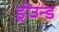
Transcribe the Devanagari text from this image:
ड्रोउन्ड